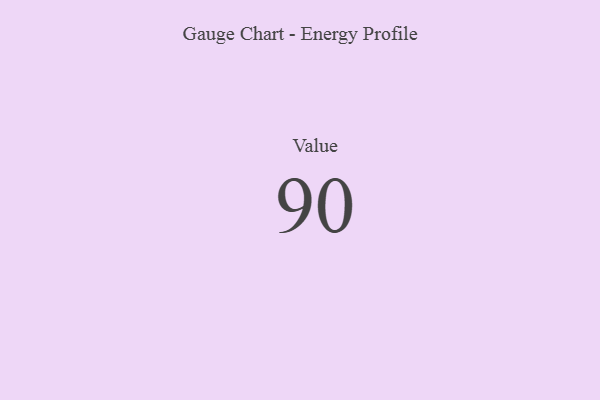
{"axis": {"x": "Metric", "y": "Value"}, "legend": [""], "data": [{"x": "Value", "y": 90, "type": ""}]}